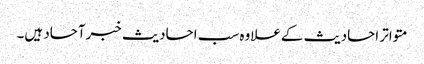
متواتر احادیث کےعلاوہ سب احادیث خبرآحاد ہیں۔